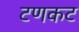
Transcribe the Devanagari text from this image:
टणकट